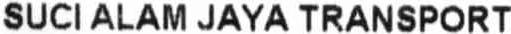
SUCI ALAM JAYA TRANSPORT